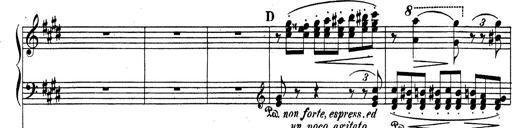
Title: Rhapsodie espagnole
Composer: Franz Liszt